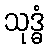
သုဒ္ဓံ